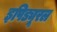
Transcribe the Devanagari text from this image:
इपिड्यूरल